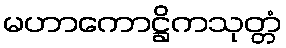
မဟာကောဋ္ဌိကသုတ္တံ